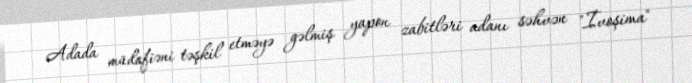
Adada müdafiəni təşkil etməyə gəlmiş yapon zabitləri adanı səhvən "İvoşima"